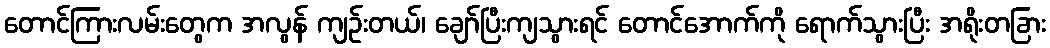
တောင်ကြားလမ်းတွေက အလွန် ကျဉ်းတယ်၊ ချော်ပြီးကျသွားရင် တောင်အောက်ကို ရောက်သွားပြီး အရိုးတခြား